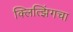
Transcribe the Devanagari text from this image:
क्लित्झिंगचा